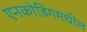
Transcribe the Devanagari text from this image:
एनकोडिंगमधील